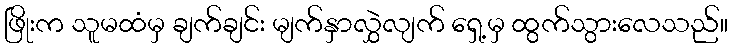
ဖြိုးက သူမထံမှ ချက်ချင်း မျက်နှာလွှဲလျက် ရှေ့မှ ထွက်သွားလေသည်။